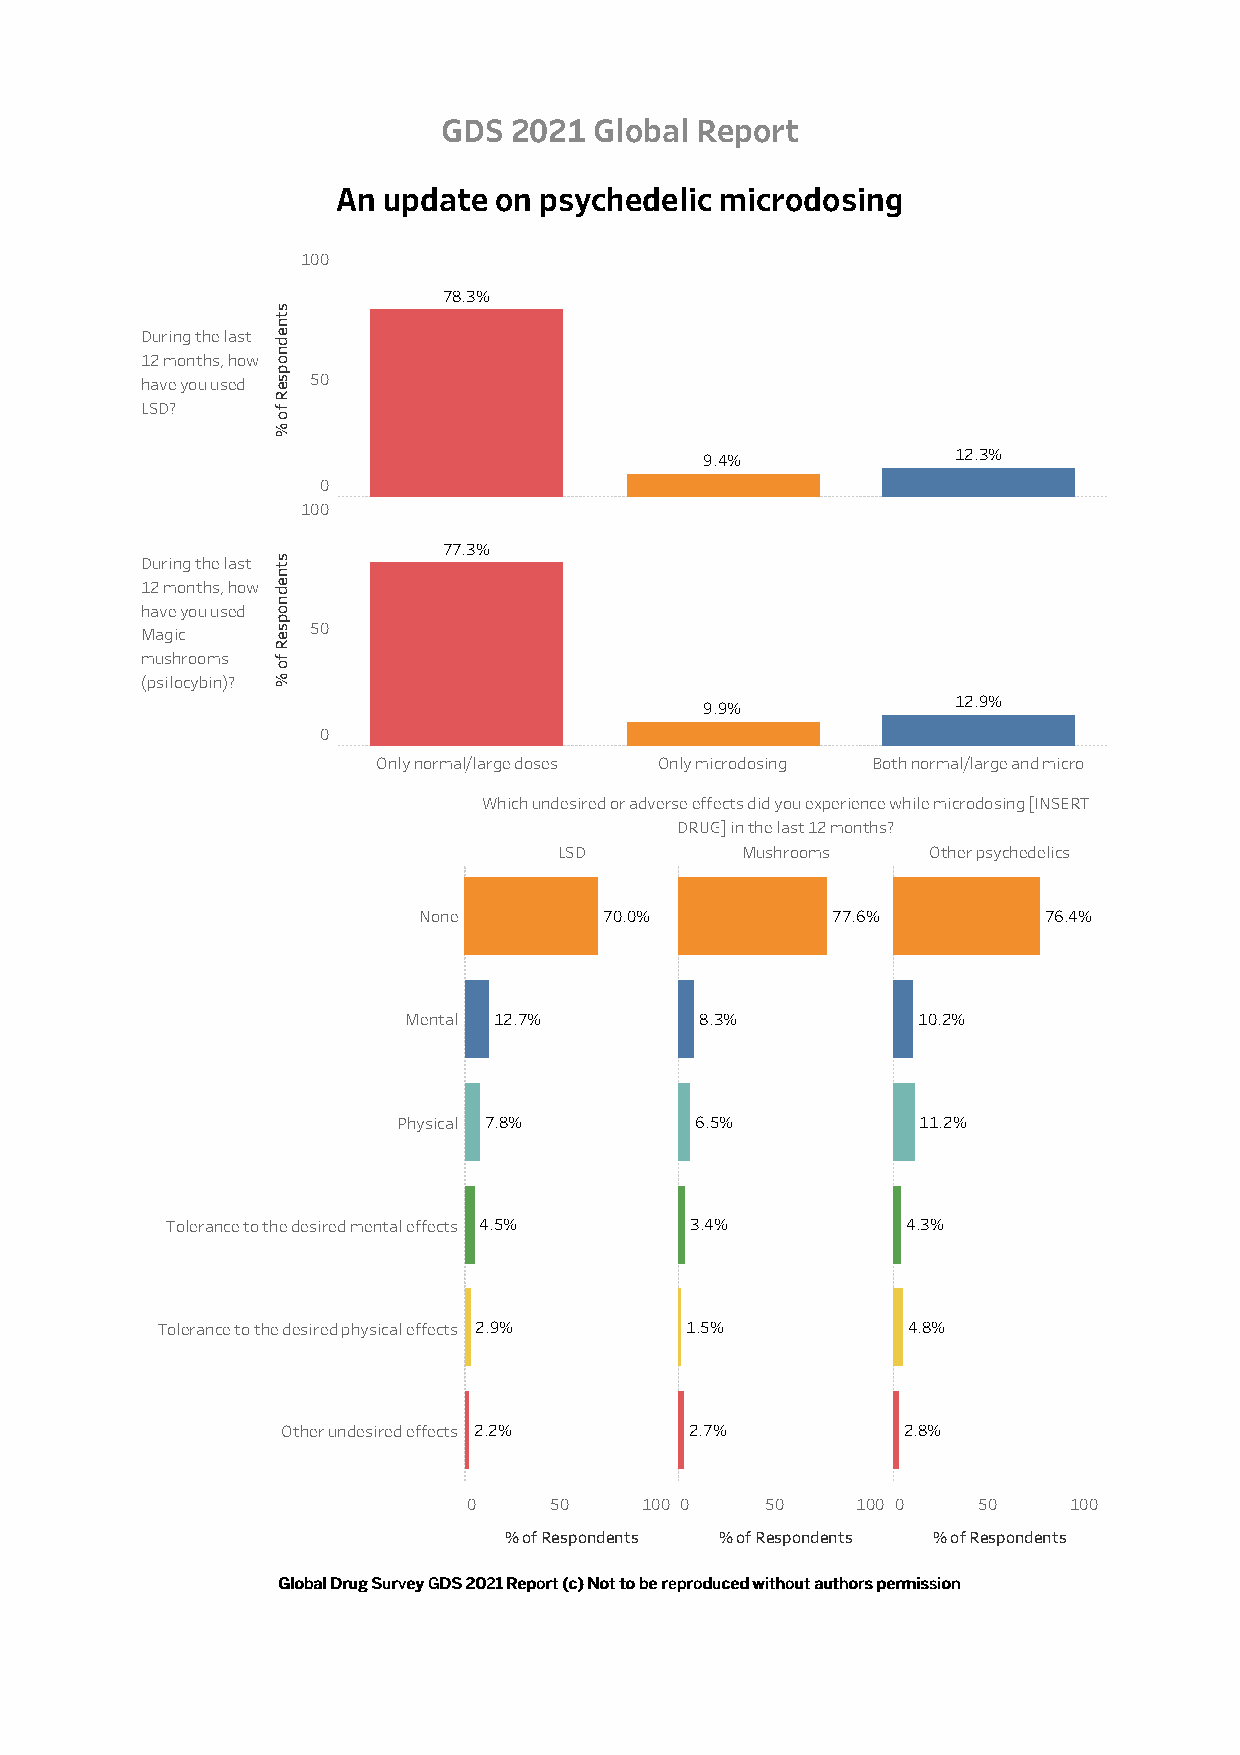
GDS  2021 Global Report
 An update  on psychedelic microdosing
 100
 78.3%
 During the last
 12 months, how
 have you used 50
 LSD?
 12.3%
 9.4%
 0
 100
 77.3%
 During the last
 12 months, how
 have you used
 50
 Magic
 mushrooms
 (psilocybin)?
 12.9%
 9.9%
 0
 Only normal/large doses Only microdosing Both normal/large and micro
 Which undesired or adverse effects did you experience while microdosing [INSERT
 DRUG] in the last 12 months?
 LSD         Mushrooms   Other psychedelics
 None        70.0%          77.6%         76.4%
 Mental 12.7%       8.3%           10.2%
 Physical 7.8%       6.5%           11.2%
 Tolerance to the desired mental effects 4.5% 3.4% 4.3%
 Tolerance to the desired physical effects 2.9% 1.5% 4.8%
 Other undesired effects 2.2% 2.7%        2.8%
 0    50    100 0    50    100 0   50    100
 % of Respondents % of Respondents % of Respondents
 GGlloobbaall DDrruugg SSuurrvveeyy GGDDSS 22002211 RReeppoorrtt ((cc)) NNoott ttoo bbee rreepprroodduucceedd wwiitthhoouutt aauutthhoorrss ppeerrmmiissssiioonn
 stnednopseR
 fo
 %
 stnednopseR
 fo
 %